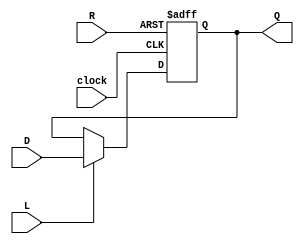
//RegisterNbit.v
module RegisterNbit (Q, D, L, R, clock);
	parameter n = 8;
	output reg [n-1:0]Q;// register output
	input [n-1:0]D; //data input
	input L; // load enable
	input R; // positive logic asynchronous reset
	input clock;
	
	always @(posedge clock or posedge R) begin
		if(R)
			Q <= 0;
		else if(L)
			Q <= D;
		else
			Q <= Q;
	end
endmodule

//Decoder5to32.v
module Decoder5to32(S, m);
	input [4:0]S; //select
	output [31:0]m; //32 minterms
	
	assign m[0] = ~S[4]&~S[3]&~S[2]&~S[1]&~S[0];
	assign m[1] = ~S[4]&~S[3]&~S[2]&~S[1]& S[0];
	assign m[2] = ~S[4]&~S[3]&~S[2]& S[1]&~S[0];
	assign m[3] = ~S[4]&~S[3]&~S[2]& S[1]& S[0];
	assign m[4] = ~S[4]&~S[3]& S[2]&~S[1]&~S[0];
	assign m[5] = ~S[4]&~S[3]& S[2]&~S[1]& S[0];
	assign m[6] = ~S[4]&~S[3]& S[2]& S[1]&~S[0];
	assign m[7] = ~S[4]&~S[3]& S[2]& S[1]& S[0];
	assign m[8] = ~S[4]& S[3]&~S[2]&~S[1]&~S[0];
	assign m[9] = ~S[4]& S[3]&~S[2]&~S[1]& S[0];
	assign m[10] = ~S[4]& S[3]&~S[2]& S[1]&~S[0];
	assign m[11] = ~S[4]& S[3]&~S[2]& S[1]& S[0];
	assign m[12] = ~S[4]& S[3]& S[2]&~S[1]&~S[0];
	assign m[13] = ~S[4]& S[3]& S[2]&~S[1]& S[0];
	assign m[14] = ~S[4]& S[3]& S[2]& S[1]&~S[0];
	assign m[15] = ~S[4]& S[3]& S[2]& S[1]& S[0];
	
	assign m[16] = S[4]&~S[3]&~S[2]&~S[1]&~S[0];
	assign m[17] = S[4]&~S[3]&~S[2]&~S[1]& S[0];
	assign m[18] = S[4]&~S[3]&~S[2]& S[1]&~S[0];
	assign m[19] = S[4]&~S[3]&~S[2]& S[1]& S[0];
	assign m[20] = S[4]&~S[3]& S[2]&~S[1]&~S[0];
	assign m[21] = S[4]&~S[3]& S[2]&~S[1]& S[0];
	assign m[22] = S[4]&~S[3]& S[2]& S[1]&~S[0];
	assign m[23] = S[4]&~S[3]& S[2]& S[1]& S[0];
	assign m[24] = S[4]& S[3]&~S[2]&~S[1]&~S[0];
	assign m[25] = S[4]& S[3]&~S[2]&~S[1]& S[0];
	assign m[26] = S[4]& S[3]&~S[2]& S[1]&~S[0];
	assign m[27] = S[4]& S[3]&~S[2]& S[1]& S[0];
	assign m[28] = S[4]& S[3]& S[2]&~S[1]&~S[0];
	assign m[29] = S[4]& S[3]& S[2]&~S[1]& S[0];
	assign m[30] = S[4]& S[3]& S[2]& S[1]&~S[0];
	assign m[31] = S[4]& S[3]& S[2]& S[1]& S[0];
	
endmodule

module Mux32to1Nbit(F, S, I00, I01, I02, I03, I04, I05, I06, I07, I08, I09, 
								  I10, I11, I12, I13, I14, I15, I16, I17, I18, I19, 
								  I20, I21, I22, I23, I24, I25, I26, I27, I28, I29,
								  I30, I31);

parameter n = 8;
output reg[n-1:0]F; //output
input [4:0]S; //select
input [n-1:0]I00, I01, I02, I03, I04, I05, I06, I07, I08, I09;
input [n-1:0]I10, I11, I12, I13, I14, I15, I16, I17, I18, I19;
input [n-1:0]I20, I21, I22, I23, I24, I25, I26, I27, I28, I29;
input [n-1:0]I30, I31;

always @(*) begin
		case(S)
			5'h00: F <= I00;
			5'h01: F <= I01;
			5'h02: F <= I02;
			5'h03: F <= I03;
			5'h04: F <= I04;
			5'h05: F <= I05;
			5'h06: F <= I06;
			5'h07: F <= I07;
			5'h08: F <= I08;
			5'h09: F <= I09;
			5'h0A: F <= I10;
			5'h0B: F <= I11;
			5'h0C: F <= I12;
			5'h0D: F <= I13;
			5'h0E: F <= I14;
			5'h0F: F <= I15;
			5'h10: F <= I16;
			5'h11: F <= I17;
			5'h12: F <= I18;
			5'h13: F <= I19;
			5'h14: F <= I20;
			5'h15: F <= I21;
			5'h16: F <= I22;
			5'h17: F <= I23;
			5'h18: F <= I24;
			5'h19: F <= I25;
			5'h1A: F <= I26;
			5'h1B: F <= I27;
			5'h1C: F <= I28;
			5'h1D: F <= I29;
			5'h1E: F <= I30;
			5'h1F: F <= I31;
		endcase
	end
endmodule

//RegisterFile32x64.v(A, B, SA, SB, D)
module RegisterFile32x64(A, B, SA, SB, D, DA, W, reset, clock, r0, r1, r2, r3, r4, r5, r6, r7);
	output [63:0]A; //A bus
	output [63:0]B; //B bus
	input [4:0]SA; // Select A - A Address
	input [4:0]SB; // Select B - B Address
	input [63:0]D; // Data input
	input [4:0]DA; // Data destination address
	input W; //write enable
	input reset; // positive logic asynchronous reset
	input clock;
	output [63:0]r0, r1, r2, r3, r4, r5, r6, r7;
	
	wire [31:0]m;
	wire [31:0]load_enable;
	Decoder5to32 decoder(DA, m);
	assign load_enable = m & {W,W,W,W,W,W,W,W,W,W,W,W,W,W,W,W,W,W,W,W,W,W,W,W,W,W,W,W,W,W,W,W};
	
	wire [63:0]R00, R01, R02, R03, R04, R05, R06, R07, R08, R09;
	wire [63:0]R10, R11, R12, R13, R14, R15, R16, R17, R18, R19;
	wire [63:0]R20, R21, R22, R23, R24, R25, R26, R27, R28, R29;
	wire [63:0]R30, R31;
	
	RegisterNbit reg00 (R00, D, load_enable[0], reset, clock);
	RegisterNbit reg01 (R01, D, load_enable[1], reset, clock);
	RegisterNbit reg02 (R02, D, load_enable[2], reset, clock);
	RegisterNbit reg03 (R03, D, load_enable[3], reset, clock);
	RegisterNbit reg04 (R04, D, load_enable[4], reset, clock);
	RegisterNbit reg05 (R05, D, load_enable[5], reset, clock);
	RegisterNbit reg06 (R06, D, load_enable[6], reset, clock);
	RegisterNbit reg07 (R07, D, load_enable[7], reset, clock);
	RegisterNbit reg08 (R08, D, load_enable[8], reset, clock);
	RegisterNbit reg09 (R09, D, load_enable[9], reset, clock);
	RegisterNbit reg10 (R10, D, load_enable[10], reset, clock);
	RegisterNbit reg11 (R11, D, load_enable[11], reset, clock);
	RegisterNbit reg12 (R12, D, load_enable[12], reset, clock);
	RegisterNbit reg13 (R13, D, load_enable[13], reset, clock);
	RegisterNbit reg14 (R14, D, load_enable[14], reset, clock);
	RegisterNbit reg15 (R15, D, load_enable[15], reset, clock);
	RegisterNbit reg16 (R16, D, load_enable[16], reset, clock);
	RegisterNbit reg17 (R17, D, load_enable[17], reset, clock);
	RegisterNbit reg18 (R18, D, load_enable[18], reset, clock);
	RegisterNbit reg19 (R19, D, load_enable[19], reset, clock);
	RegisterNbit reg20 (R20, D, load_enable[20], reset, clock);
	RegisterNbit reg21 (R21, D, load_enable[21], reset, clock);
	RegisterNbit reg22 (R22, D, load_enable[22], reset, clock);
	RegisterNbit reg23 (R23, D, load_enable[23], reset, clock);
	RegisterNbit reg24 (R24, D, load_enable[24], reset, clock);
	RegisterNbit reg25 (R25, D, load_enable[25], reset, clock);
	RegisterNbit reg26 (R26, D, load_enable[26], reset, clock);
	RegisterNbit reg27 (R27, D, load_enable[27], reset, clock);
	RegisterNbit reg28 (R28, D, load_enable[28], reset, clock);
	RegisterNbit reg29 (R29, D, load_enable[29], reset, clock);
	RegisterNbit reg30 (R30, D, load_enable[30], reset, clock);
	assign R31 = 64'h0;
	
	defparam reg00.n = 64;
	defparam reg01.n = 64;
	defparam reg02.n = 64;
	defparam reg03.n = 64;
	defparam reg04.n = 64;
	defparam reg05.n = 64;
	defparam reg06.n = 64;
	defparam reg07.n = 64;
	defparam reg08.n = 64;
	defparam reg09.n = 64;
	defparam reg10.n = 64;
	defparam reg11.n = 64;
	defparam reg12.n = 64;
	defparam reg13.n = 64;
	defparam reg14.n = 64;
	defparam reg15.n = 64;
	defparam reg16.n = 64;
	defparam reg17.n = 64;
	defparam reg18.n = 64;
	defparam reg19.n = 64;
	defparam reg20.n = 64;
	defparam reg21.n = 64;
	defparam reg22.n = 64;
	defparam reg23.n = 64;
	defparam reg24.n = 64;
	defparam reg25.n = 64;
	defparam reg26.n = 64;
	defparam reg27.n = 64;
	defparam reg28.n = 64;
	defparam reg29.n = 64;
	defparam reg30.n = 64;
	//defparam reg31.n = 64;
	
	assign r0 = R00;
	assign r1 = R01;
	assign r2 = R02;
	assign r3 = R03;
	assign r4 = R04;
	assign r5 = R05;
	assign r6 = R06;
	assign r7 = R07;
	
	
	Mux32to1Nbit muxA (A, SA, R00, R01, R02, R03, R04, R05, R06, R07, R08, R09,
									  R10, R11, R12, R13, R14, R15, R16, R17, R18, R19,
									  R20, R21, R22, R23, R24, R25, R26, R27, R28, R29, R30, R31);
	
	Mux32to1Nbit muxB (B, SB, R00, R01, R02, R03, R04, R05, R06, R07, R08, R09,
									  R10, R11, R12, R13, R14, R15, R16, R17, R18, R19,
									  R20, R21, R22, R23, R24, R25, R26, R27, R28, R29, R30, R31);
	
	defparam muxA.n = 64;
	defparam muxB.n = 64;
endmodule

module Mux2to1Nbit(zero, one, select, out);

input [63:0]zero, one;
input select;
output [63:0]out;

assign out = select ? one : zero;

endmodule

	
//later
//NbitRegister scrumdidty (whateve);
//defparm scrumdidty.n = 64;